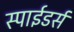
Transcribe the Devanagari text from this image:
स्पाईडर्स